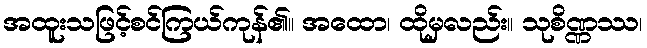
အထူးသဖြင့်စင်ကြယ်ကုန်၏။ အထော၊ ထိုမှလည်း။ သုစိဏ္ဏဿ၊